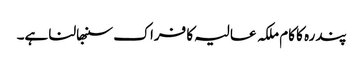
پندرہ کا کام ملکہ عالیہ کا فراک سنبھالنا ہے۔